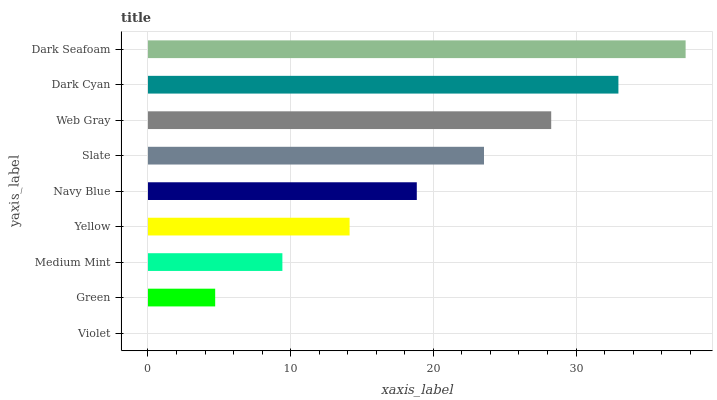
| yaxis_label | bars |
 | --- | --- |
 | Violet | 0 |
 | Green | 4.71 |
 | Medium Mint | 9.42 |
 | Yellow | 14.1 |
 | Navy Blue | 18.8 |
 | Slate | 23.5 |
 | Web Gray | 28.3 |
 | Dark Cyan | 33 |
 | Dark Seafoam | 37.7 |